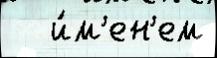
   и́м'ен'ем